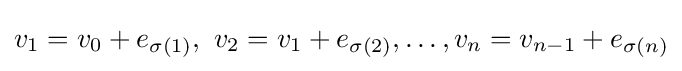
v_{1}=v_{0}+e_{\sigma (1)},\ v_{2}=v_{1}+e_{\sigma (2)},\ldots ,v_{n}=v_{n-1}+e_{\sigma (n)}